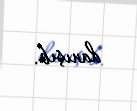
danışıb.